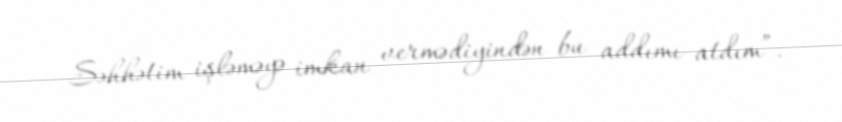
Səhhətim işləməyə imkan vermədiyindən bu addımı atdım”.